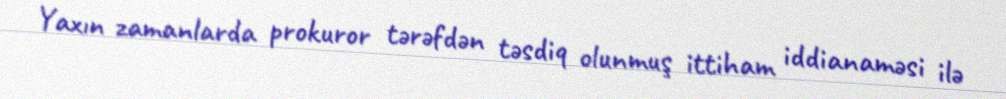
Yaxın zamanlarda prokuror tərəfdən təsdiq olunmuş ittiham iddianaməsi ilə